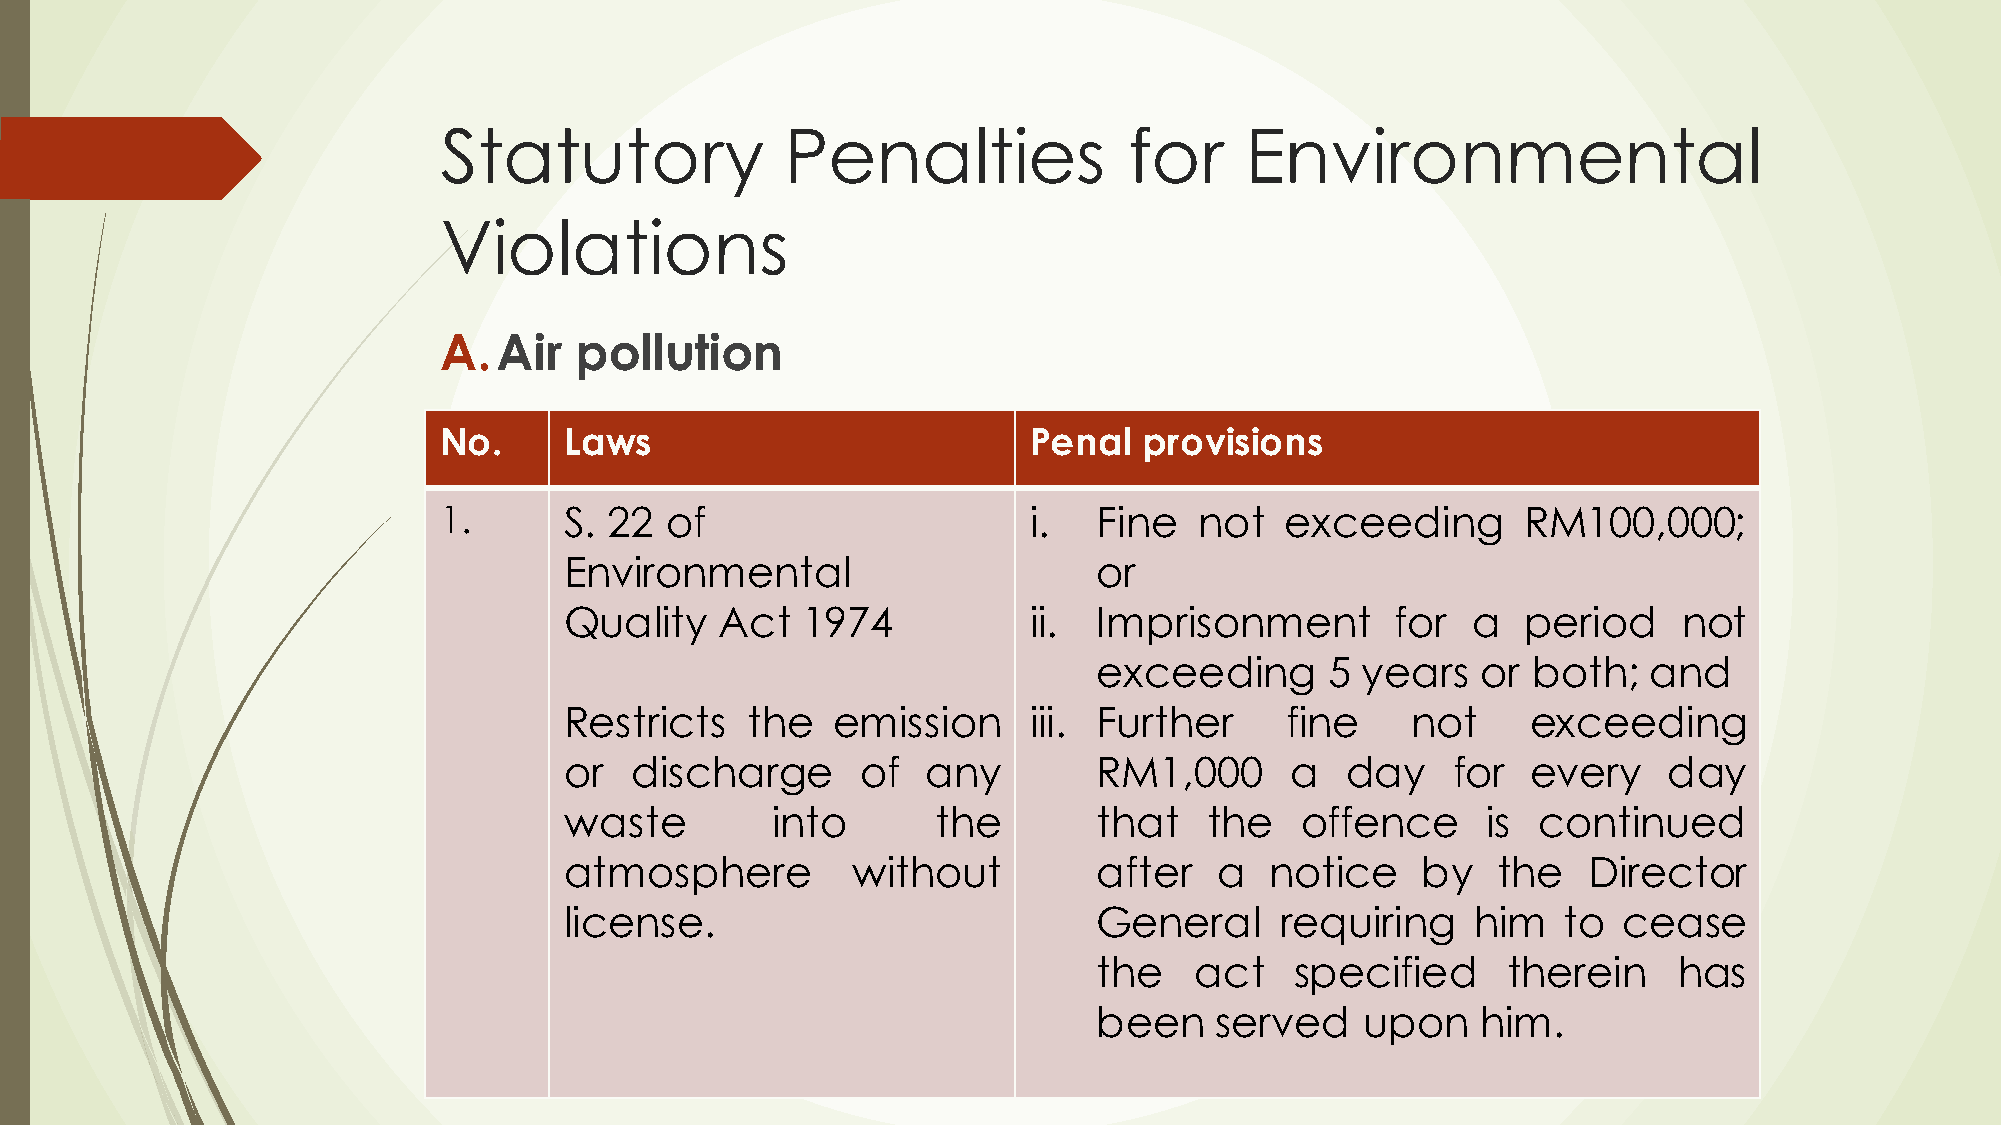
Statutory              Penalties              for    Environmental
 Violations
 A.Air    pollution
 No.     Laws                           Penal   provisions
 1.      S. 22  of                      i.   Fine  not   exceeding       RM100,000;
 Environmental                       or
 Quality    Act  1974           ii.  Imprisonment       for  a   period    not
 exceeding      5 years   or both;   and
 Restricts   the   emission     iii. Further     fine    not     exceeding
 or   discharge      of  any         RM1,000     a   day    for  every    day
 waste         into       the        that   the   offence     is  continued
 atmosphere         without          after   a  notice    by   the   Director
 license.                            General     requiring    him  to  cease
 the   act    specified     therein    has
 been   served    upon    him.